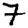
Digit: 7